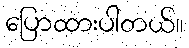
ပြောထားပါတယ်။